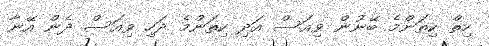
ހިތް ކިތަންމެ ބޭނުން ވިއަސް އަދި ކިތަންމެ ދަހި ވިއަސް ދެން އޭނާ